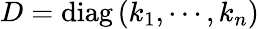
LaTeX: D=\operatorname{diag}\left(k_{1},\cdots,k_{n}\right)